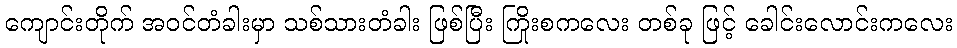
ကျောင်းတိုက် အဝင်တံခါးမှာ သစ်သားတံခါး ဖြစ်ပြီး ကြိုးစကလေး တစ်ခု ဖြင့် ခေါင်းလောင်းကလေး